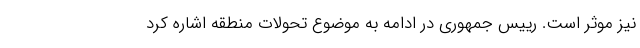
نیز موثر است. رییس جمهوری در ادامه به موضوع تحولات منطقه اشاره کرد